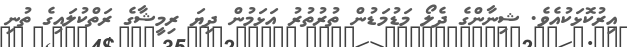
އިރުކޮޅަކުއެވެ. ޝިނާންގެ ދެލޯ މަޑުމަޑުން ތުރުތުރު އަޅަމުން ދިޔަ ރިމީޝާގެ ރަތްކުލައިގެ ތުނި